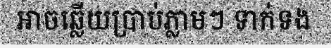
អាចឆ្លើយប្រាប់ភ្លាមៗ ទាក់ទង